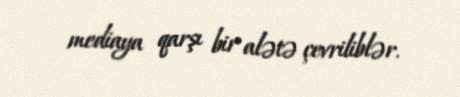
mediaya qarşı bir alətə çevriliblər.